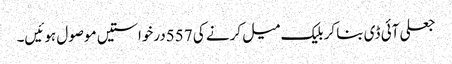
جعلی آئی ڈی بنا کر بلیک میل کرنے کی 557درخواستیں موصول ہوئیں۔